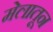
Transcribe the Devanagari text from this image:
मेलातून